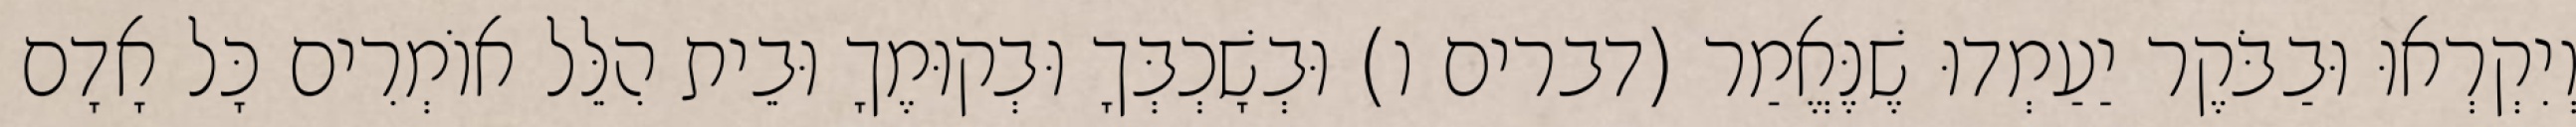
וְיִקְרְאוּ וּבַבֹּקֶר יַעַמְדוּ שֶׁנֶּאֱמַר (דברים ו) וּבְשָׁכְבְּךָ וּבְקוּמֶךָ וּבֵית הִלֵּל אוֹמְרִים כָּל אָדָם